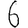
Digit: 6